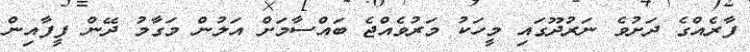
ފާރެއްގެ ދަށުވެ ނަރުދޫގައި މީހަކު މަރުވެއްޖެ ބައްސާމަށް އަލުން މަގާމު ދޭން ފީފާއިން